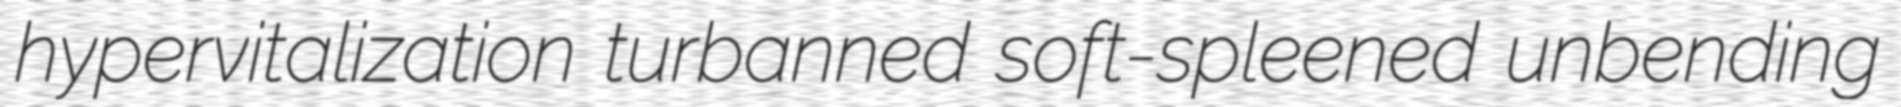
hypervitalization turbanned soft-spleened unbending